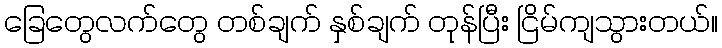
ခြေတွေလက်တွေ တစ်ချက် နှစ်ချက် တုန်ပြီး ငြိမ်ကျသွားတယ်။